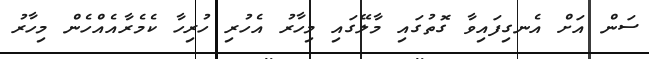
ސަން އަށް އެނގިފައިވާ ގޮތުގައި މާލޭގައި މިހާރު އެހުރި ހުރިހާ ކެމެރާއެއްހެން މިހާރު